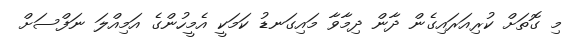
މި ގޮތަށް ކުރިއަރައިގެން ދާން ދިމާވާ މައިގަނޑު ކަމަކީ އެމީހުންގެ އަމިއްލަ ނަފްސަށް